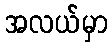
အလယ်မှာ